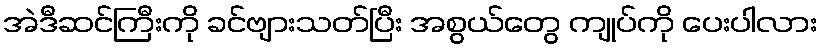
အဲဒီဆင်ကြီးကို ခင်ဗျားသတ်ပြီး အစွယ်တွေ ကျုပ်ကို ပေးပါလား